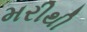
મરીથી